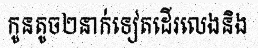
កូនតូច២នាក់ទៀតដើរលេងនិង